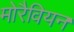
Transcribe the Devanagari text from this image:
मोरैवियन